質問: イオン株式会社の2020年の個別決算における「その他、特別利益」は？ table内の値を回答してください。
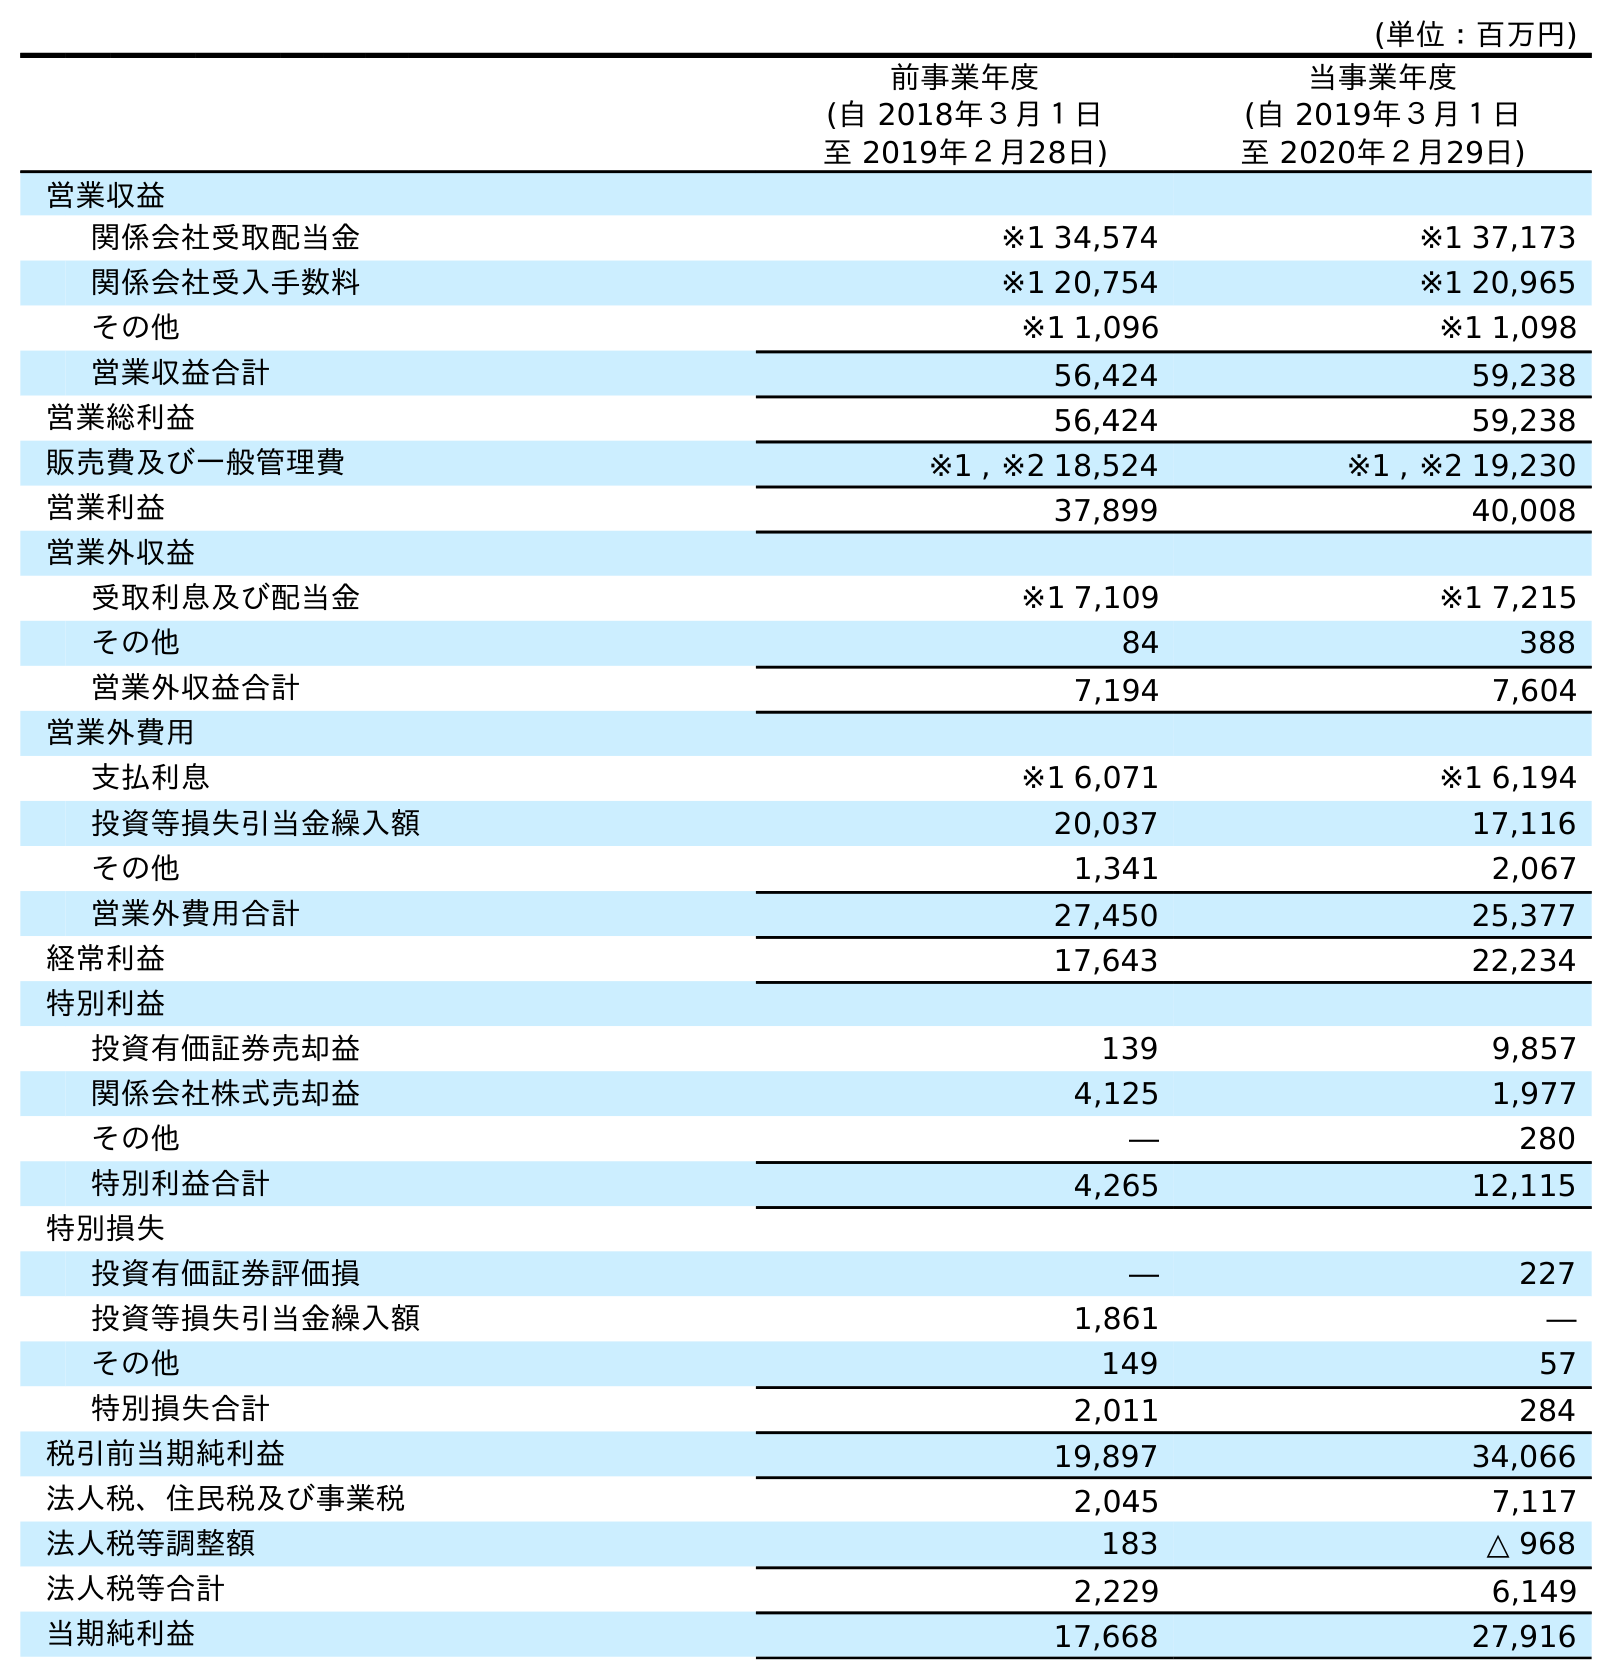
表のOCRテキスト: (単位：百万円) 前事業年度 (自 2018年３月１日 至 2019年２月28日) 当事業年度 (自 2019年３月１日 至 2020年２月29日) 営業収益 関係会社受取配当金 ※1 34,574 ※1 37,173 関係会社受入手数料 ※1 20,754 ※1 20,965 その他 ※1 1,096 ※1 1,098 営業収益合計 56,424 59,238 営業総利益 56,424 59,238 販売費及び一般管理費 ※1 , ※2 18,524 ※1 , ※2 19,230 営業利益 37,899 40,008 営業外収益 受取利息及び配当金 ※1 7,109 ※1 7,215 その他 84 388 営業外収益合計 7,194 7,604 営業外費用 支払利息 ※1 6,071 ※1 6,194 投資等損失引当金繰入額 20,037 17,116 その他 1,341 2,067 営業外費用合計 27,450 25,377 経常利益 17,643 22,234 特別利益 投資有価証券売却益 139 9,857 関係会社株式売却益 4,125 1,977 その他 ― 280 特別利益合計 4,265 12,115 特別損失 投資有価証券評価損 ― 227 投資等損失引当金繰入額 1,861 ― その他 149 57 特別損失合計 2,011 284 税引前当期純利益 19,897 34,066 法人税、住民税及び事業税 2,045 7,117 法人税等調整額 183 △ 968 法人税等合計 2,229 6,149 当期純利益 17,668 27,916
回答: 280